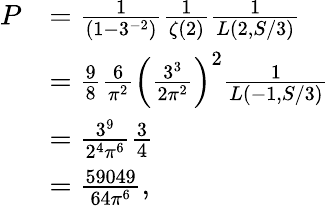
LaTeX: \begin{array}{rl}{P}&{=\frac{1}{(1-3^{-2})}\frac{1}{\zeta(2)}\frac{1}{L(2,S/3)}}\\ &{=\frac{9}{8}\frac{6}{\pi^{2}}\left(\frac{3^{3}}{2\pi^{2}}\right)^{2}\frac{1}{L(-1,S/3)}}\\ &{=\frac{3^{9}}{2^{4}\pi^{6}}\frac{3}{4}}\\ &{=\frac{59049}{64\pi^{6}},}\end{array}